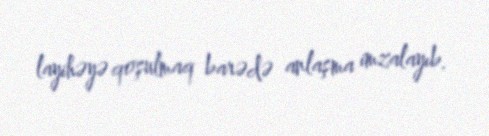
layihəyə qoşulmaq barədə anlaşma imzalayıb.